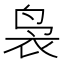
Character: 袅